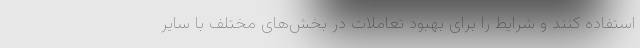
استفاده کنند و شرایط را برای بهبود تعاملات در بخش‌های مختلف با سایر